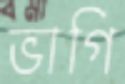
ভাগি